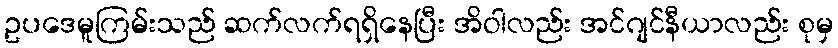
ဥပဒေမူကြမ်းသည် ဆက်လက်ရရှိနေပြီး အိဝါလည်း အင်ဂျင်နီယာလည်း စုမှ